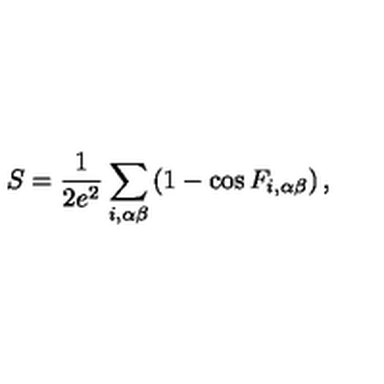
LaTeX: S = \frac { 1 } { 2 e ^ { 2 } } \sum _ { i , \alpha \beta } \left( 1 - \cos F _ { i , \alpha \beta } \right) ,